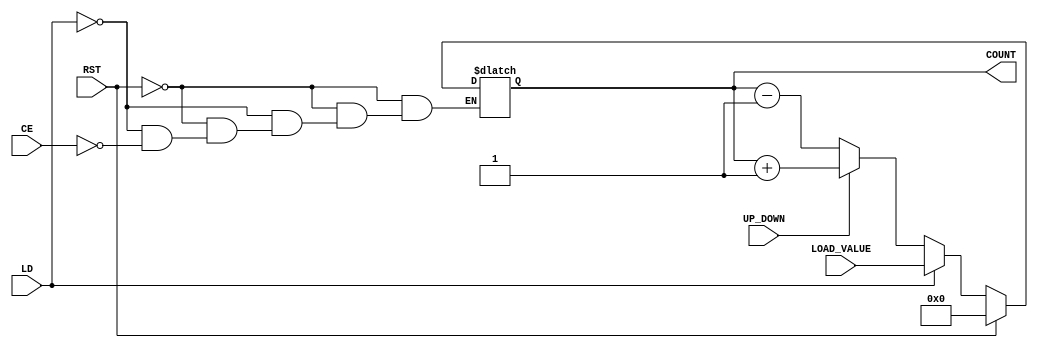
module dynamic_asynchronous_counter (
    input wire CE,      // Count Enable
    input wire RST,     // Reset
    input wire LD,      // Load
    input wire [3:0] LOAD_VALUE, // Value to load into the counter
    input wire UP_DOWN,  // Count direction: 1 for up, 0 for down
    output reg [3:0] COUNT // 4-bit counter output
);

// Asynchronous reset and load logic
always @(*) begin
    if (RST) begin
        COUNT = 4'b0000; // Reset counter to 0
    end else if (LD) begin
        COUNT = LOAD_VALUE; // Load specified value
    end else if (CE) begin
        if (UP_DOWN) begin
            COUNT = COUNT + 1; // Increment counter
        end else begin
            COUNT = COUNT - 1; // Decrement counter
        end
    end
end

endmodule